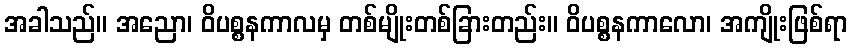
အခါသည်။ အညော၊ ဝိပစ္စနကာလမှ တစ်မျိုးတစ်ခြားတည်း။ ဝိပစ္စနကာလော၊ အကျိုးဖြစ်ရာ